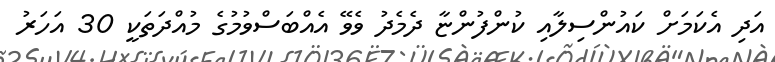
އަދި އެކަމަށް ކައުންސިލާއި ކުންފުންޏާ ދެމެދު ވެވޭ އެއްބަސްވުމުގެ މުއްދަތަކީ 30 އަހަރު